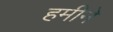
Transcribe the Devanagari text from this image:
हमीने